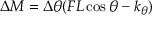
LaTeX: \Delta M = \Delta \theta ( F L \cos \theta - k _ { \theta } )